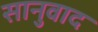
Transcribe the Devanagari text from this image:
सानुवाद